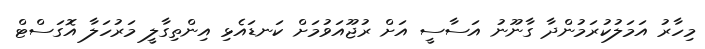
މިހާރު އަމަލުކުރަމުންދާ ގާނޫނު އަސާސީ އަށް ރުޖޫއަވުމަށް ކަނޑައެޅި އިންތިގާލީ މަރުހަލާ އޮގަސްޓް